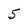
Character: 5